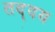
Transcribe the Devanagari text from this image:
तद्दय